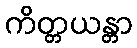
ကိတ္တယန္တာ